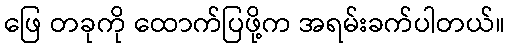
ဖြေ တခုကို ထောက်ပြဖို့က အရမ်းခက်ပါတယ်။